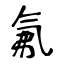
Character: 氟